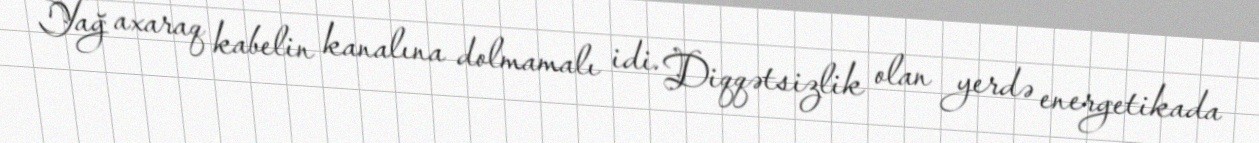
Yağ axaraq kabelin kanalına dolmamalı idi. Diqqətsizlik olan yerdə energetikada